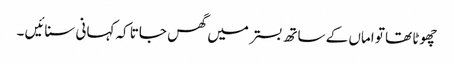
چھوٹا تھا تو اماں کے ساتھ بستر میں گھس جاتا کہ کہانی سنائیں ۔